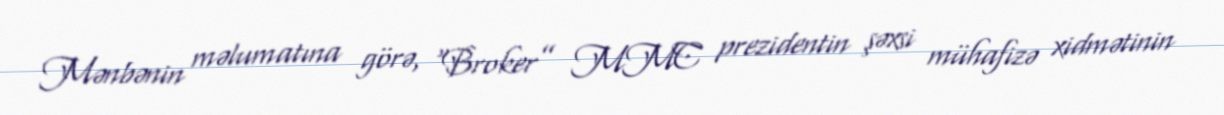
Mənbənin məlumatına görə, “Broker” MMC prezidentin şəxsi mühafizə xidmətinin